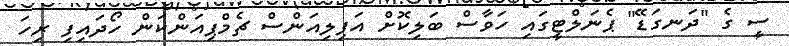
ސީ ގެ "ދަނގަޑޭ" ޕެނަލްޓީގައި ހަވާސް ބަލިކޮށް އަފިލިއަންސް ޗެމްޕިއަންކަން ހޯދައިފި ރިހަ